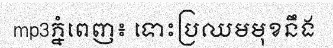
mp3ភ្នំពេញ៖ ទោះប្រឈមមុខនឹង